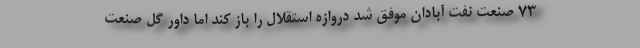
۷۳ صنعت نفت آبادان موفق شد دروازه استقلال را باز کند اما داور گل صنعت